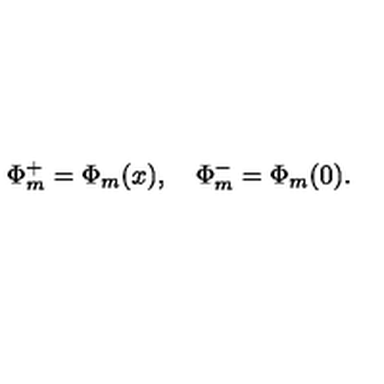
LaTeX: \Phi _ { m } ^ { + } = \Phi _ { m } ( x ) , \quad \Phi _ { m } ^ { - } = \Phi _ { m } ( 0 ) .